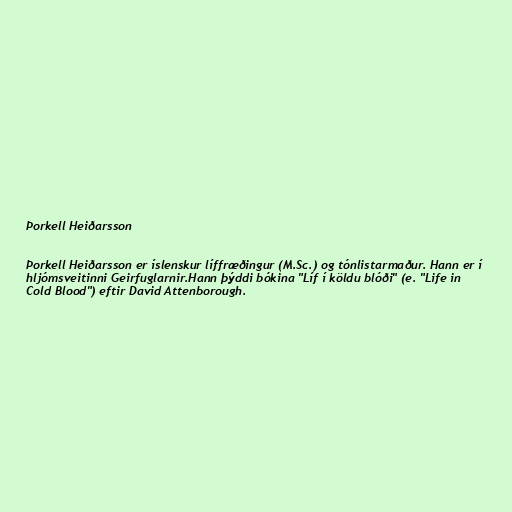
Þorkell Heiðarsson

Þorkell Heiðarsson er íslenskur líffræðingur (M.Sc.) og tónlistarmaður. Hann er í
hljómsveitinni Geirfuglarnir.Hann þýddi bókina "Líf í köldu blóði" (e. "Life in
Cold Blood") eftir David Attenborough.